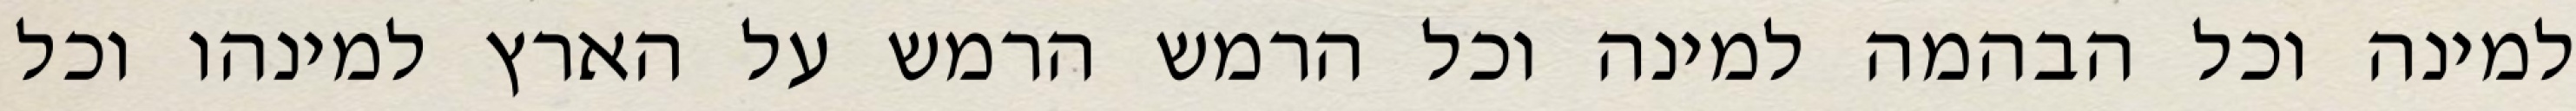
למינה וכל הבהמה למינה וכל הרמש הרמש על הארץ למינהו וכל